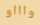
واااو